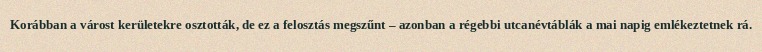
Korábban a várost kerületekre osztották, de ez a felosztás megszűnt – azonban a régebbi utcanévtáblák a mai napig emlékeztetnek rá.